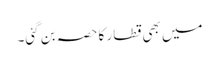
میں بھی قطار کا حصہ بن گئی۔